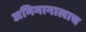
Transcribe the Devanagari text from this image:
अभिमानालाच